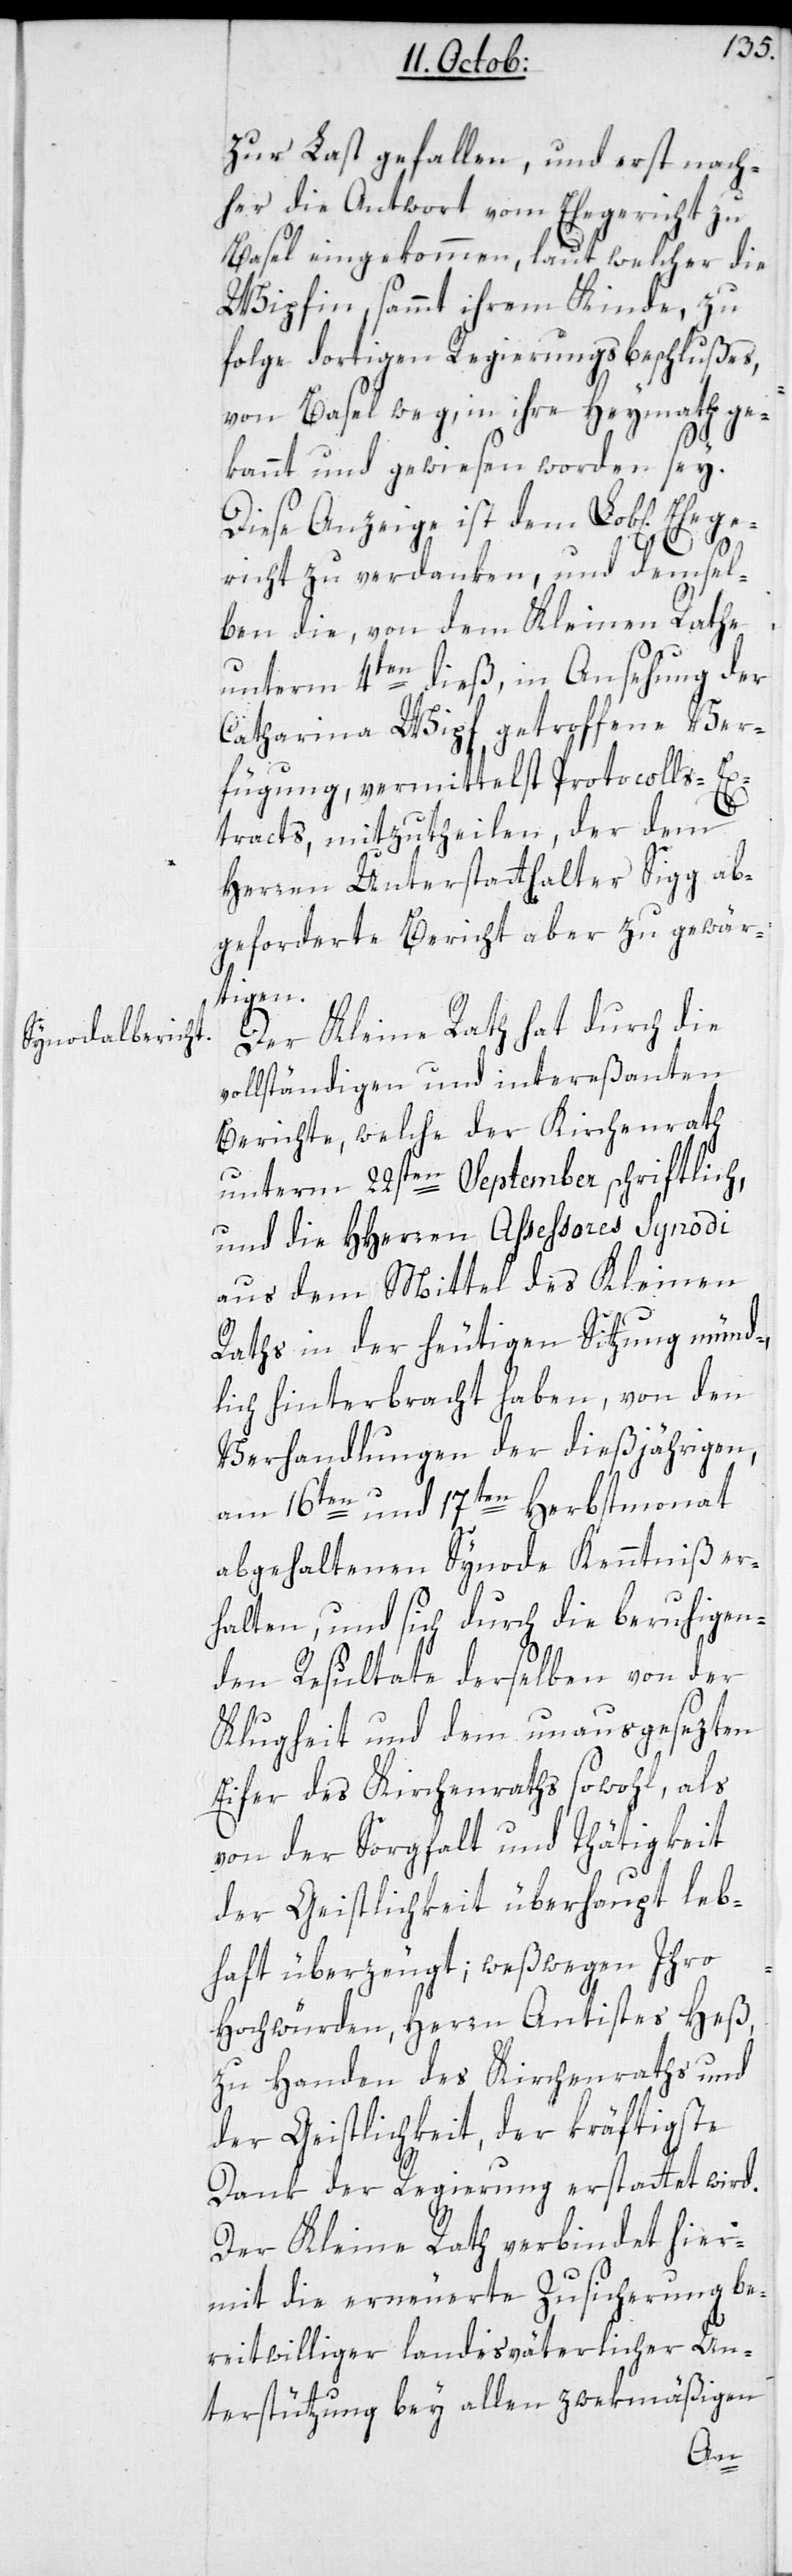
zur Last gefallen, und erst nach¬
her die Antwort vom Ehegericht zu
Basel eingekommen, laut welcher die
Wipfin, sammt ihrem Kinde, zu
folge dortigen Regierungsbeschlußes,
von Basel weg, in ihre Heymath ge¬
kannt und gewiesen worden sey.
Diese Anzeige ist dem Lobl[ichen]
richt zu verdanken, und demsel¬
ben die von dem Kleinen Rathe
unterm 4ten dieß, in Ansehung der
Catahrina Wipf getroffene Ver¬
fügung, vermittelst Protocolls-Ex¬
tracts, mitzutheilen, der dem
Herren Unterstatthalter Sigg ab¬
geforderte Bericht aber zu gewär¬
tigen.
Der Kleine Rath hat durch die
vollständigen und intereßanten
Berichte, welche der Kirchenrath
unterm 22sten September schriftlich,
und die Herren Assessores Synodi
aus dem Mittel des Kleinen
Raths in der heutigen Sitzung münd¬
lich hinterbracht haben, von den
Verhandlungen der dießjährigen,
am 16ten und 17ten Herbstmonat
abgehaltenen Synode Kenntniß er¬
halten, und sich durch die beruhigen¬
den Resultate derselben von der
Klugheit und dem unausgesezten
Eifer des Kirchenraths sowohl, als
von der Sorgfalt und Thätigkeit
der Geistlichkeit überhaupt leb¬
haft überzeugt; weßwegen Ihro
Hochwürden, Herrn Antistes Heß,
zu Handen des Kirchenraths und
der Geistlichkeit, der kräftigste
Dank der Regierung erstattet wird.
Der Kleine Rath verbindet hier¬
mit die erneuerte Zusicherung be¬
reitwilliger landesväterlicher Un¬
terstützung bey allen zwekmäßigen